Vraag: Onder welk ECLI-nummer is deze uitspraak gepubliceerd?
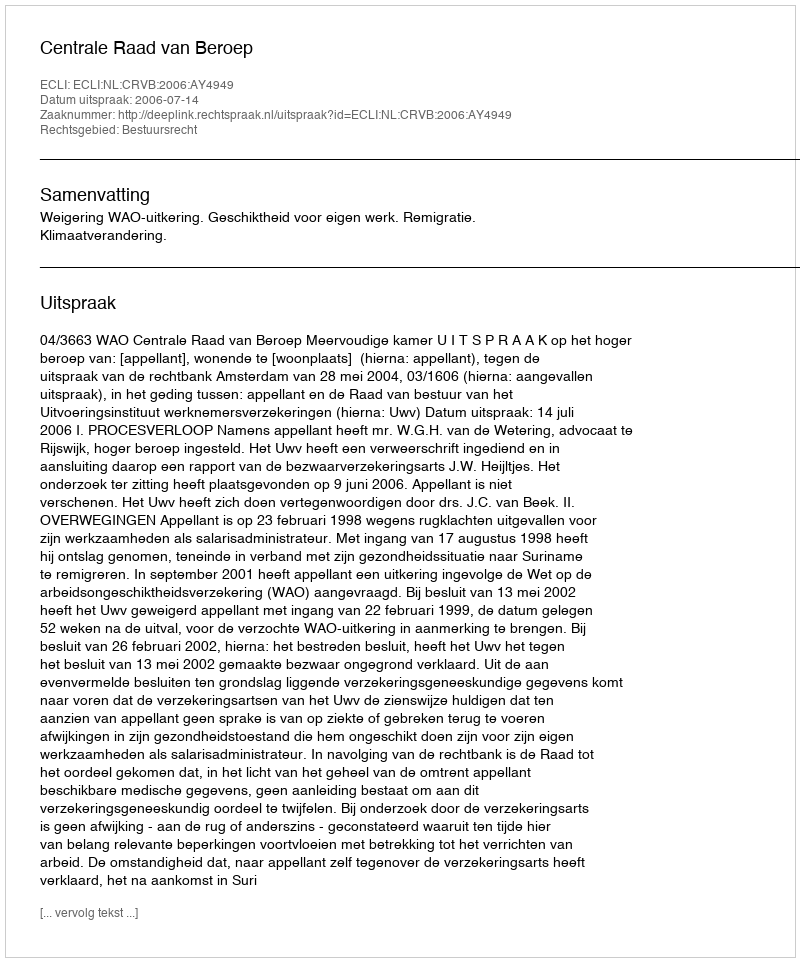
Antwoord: ECLI:NL:CRVB:2006:AY4949